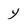
Character: y